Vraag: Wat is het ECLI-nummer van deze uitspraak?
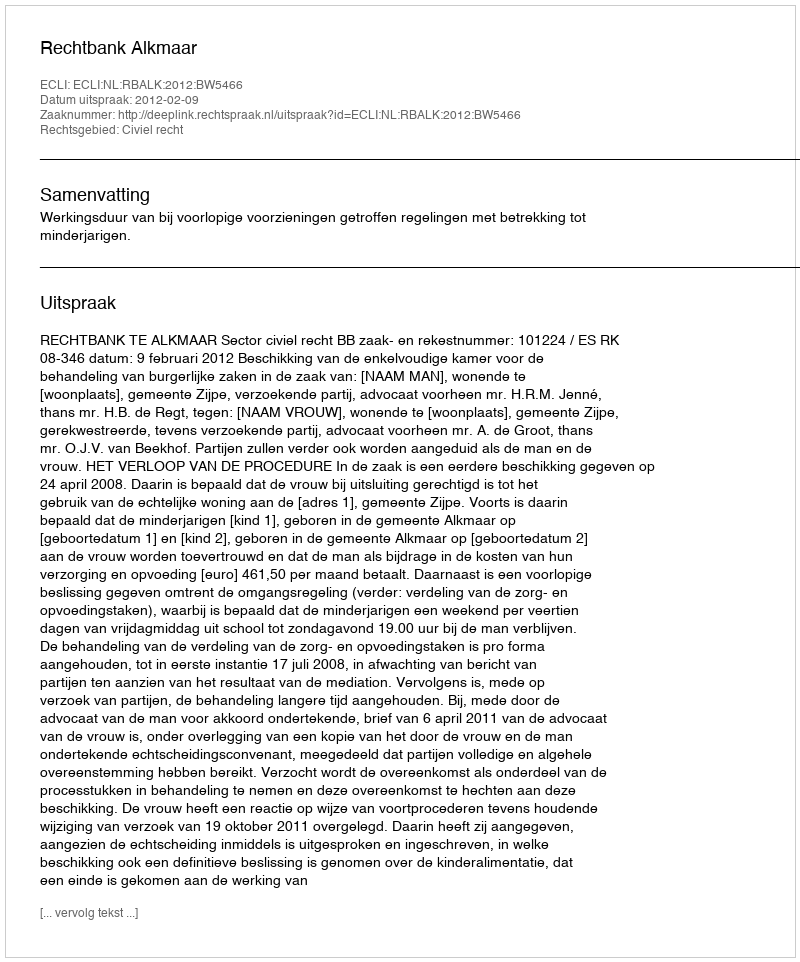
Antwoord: ECLI:NL:RBALK:2012:BW5466